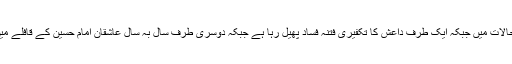
خصوصا موجودہ حالات میں جبکہ ایک طرف داعش کا تکفیری فتنہ فساد پھیل رہا ہے جبکہ دوسری طرف سال بہ سال عاشقان امام حسین کے قافلے میں اضافہ ہورہا ہے۔